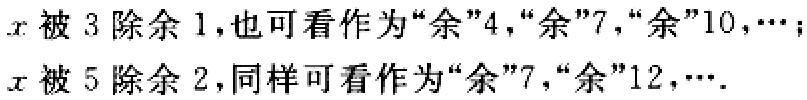
\(x\)被 \(3\) 除余 \(1\)，也可看作为“余”\(4\)，“余”\(7\)，“余”\(10\)，\(\cdots\)；
\(x\)被 \(5\) 除余 \(2\)，同样可看作为“余”\(7\)，“余”\(12\)，\(\cdots\)．